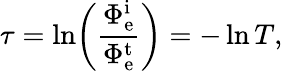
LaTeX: \tau=\ln\! \left({\frac{\Phi_{\mathrm{e}}^{\mathrm{i}}}{\Phi_{\mathrm{e}}^{\mathrm{t}}}}\right)=-\ln T,